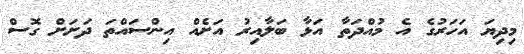
މިދިޔަ އަހަރުގެ އެ މުއްދަތާ އަޅާ ބަލާއިރު އަށެއް އިންސައްތަ ދަށަށް ގޮސް